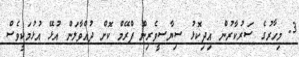
3. މިހާރުގެ ސަރުކާރުން އިދިކޮޅު ސިޔާސީވެރިން ފްރޭމް ކޮށް ދުއްވާލަން އުޅޭ އުޅުމަކީވެސް